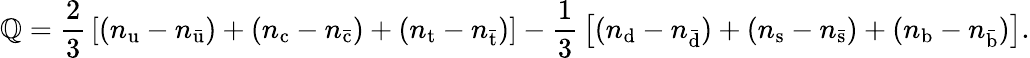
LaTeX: \mathbb{Q}={\frac{{2}}{{3}}}\left[(n_{\mathrm{{u}}}-n_{\mathrm{{\bar{{u}}}}})+(n_{\mathrm{{c}}}-n_{\mathrm{{\bar{{c}}}}})+(n_{\mathrm{{t}}}-n_{\mathrm{{\bar{{t}}}}})\right]-{\frac{{1}}{{3}}}\left[(n_{\mathrm{{d}}}-n_{\mathrm{{\bar{{d}}}}})+(n_{\mathrm{{s}}}-n_{\mathrm{{\bar{{s}}}}})+(n_{\mathrm{{b}}}-n_{\mathrm{{\bar{{b}}}}})\right].